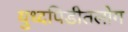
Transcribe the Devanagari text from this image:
युध्दपिडीतलोग